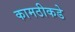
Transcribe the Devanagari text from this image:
कामठीकडे